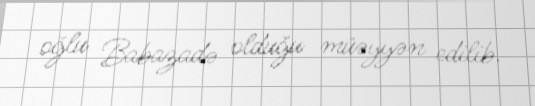
oğlu Babazadə olduğu müəyyən edilib.